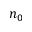
n _ { 0 }